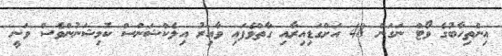
އިންތިހާބުގެ ވޯޓް ނަގަން 48 އަށްގަޑިއިރާއި ގާތްވެފައި ވާއިރު އިލެކްޝަންސް ކޮމިޝަނުންވެސް ވަނީ